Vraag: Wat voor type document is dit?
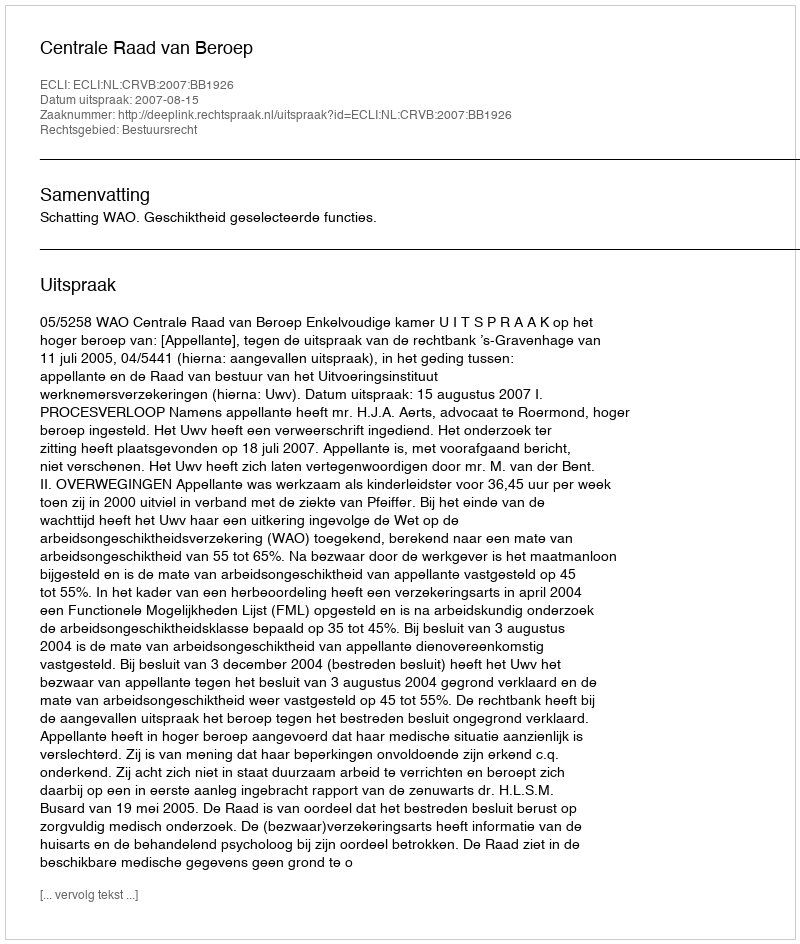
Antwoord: Uitspraak